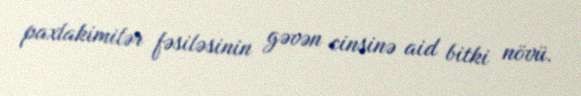
paxlakimilər fəsiləsinin gəvən cinsinə aid bitki növü.